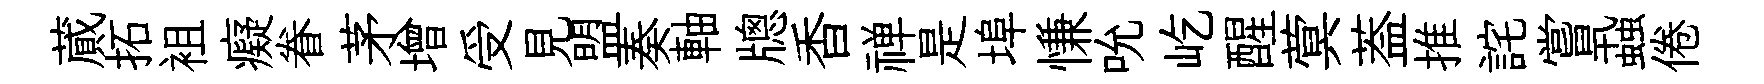
蕆拓袓癡眷茅增受見盟奏軸牕香禅是埠慊吮屹醒蓂葢推詫嘗蝨倦